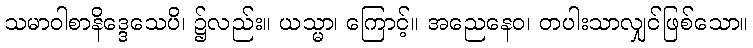
သမာဝါစာနိဒ္ဒေသေပိ၊ ၌လည်း။ ယသ္မာ၊ ကြောင့်။ အညေနေဝ၊ တပါးသာလျှင်ဖြစ်သော။